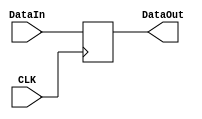
`timescale 1ns / 1ps
//////////////////////////////////////////////////////////////////////////////////
// Company: 
// Engineer: 
// 
// Design Name: 
// Module Name: DataLate
// Project Name: 
// Target Devices: 
// Tool Versions: 
// Description: 
// 
// Dependencies: 
// 
// Revision:
// Revision 0.01 - File Created
// Additional Comments:
// 
//////////////////////////////////////////////////////////////////////////////////


module DataLate(
    input CLK,
    input [31:0] DataIn,
    output reg [31:0] DataOut
    );
    always @(posedge CLK) begin
        DataOut = DataIn;
    end
endmodule